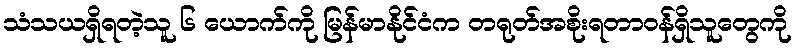
သံသယရှိရတဲ့သူ ၆ ယောက်ကို မြန်မာနိုင်ငံက တရုတ်အစိုးရတာဝန်ရှိသူတွေကို